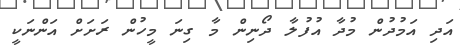
އަދި އަމުދުން މުދާ އުފުލާ ދޯނިން މާ ގިނަ މީހުން ރަށަށް އަންނަކީ